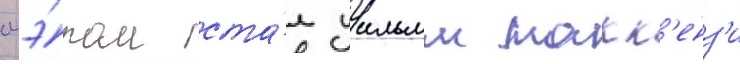
мэ́ром ста́л уильям макк'енз'и